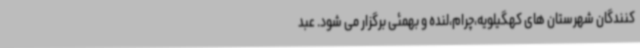
کنندگان شهرستان های کهگیلویه،چرام،لنده و بهمئی برگزار می شود. عبد